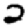
Digit: 2